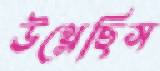
উথ্‌লেছিস